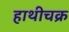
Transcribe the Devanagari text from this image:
हाथीचक्र